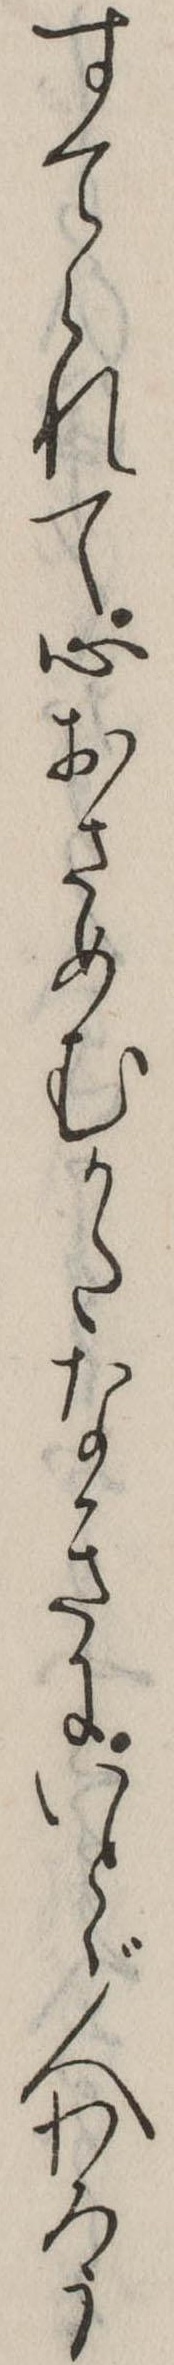
すてられて心おさめむかたなきにいとゞ人わろう